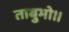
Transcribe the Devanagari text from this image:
ताबुभो।।